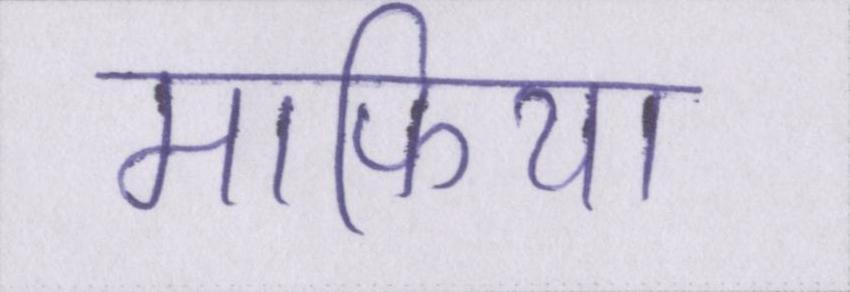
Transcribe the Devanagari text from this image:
माफिया